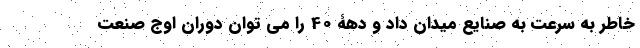
خاطر به سرعت به صنایع میدان داد و دهۀ 40 را می توان دوران اوج صنعت